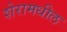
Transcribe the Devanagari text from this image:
शेरामधील